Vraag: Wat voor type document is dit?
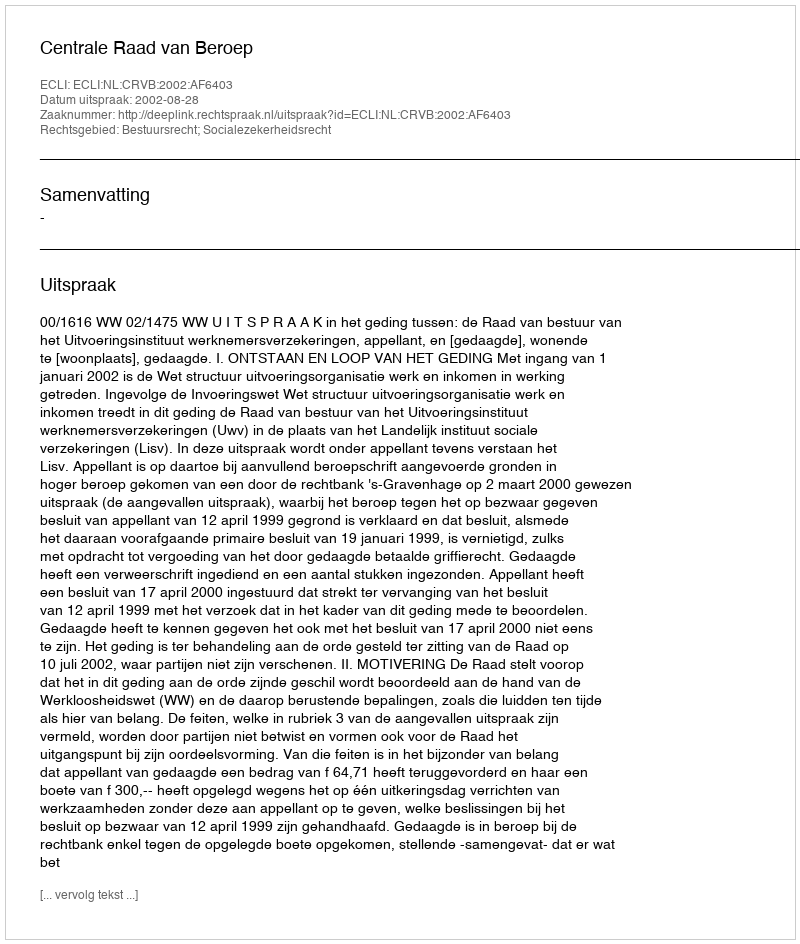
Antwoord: Uitspraak